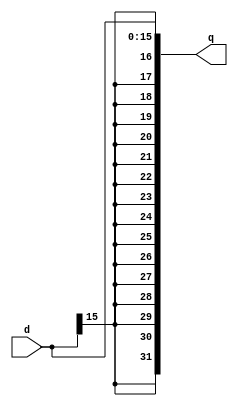
`timescale 1 ns / 100 ps

/*
	16 to 32 bit sign extender
*/

module sign_ext_16_32(d, q);
	input [15:0] d;
	output [31:0] q;

	assign q = { {16{d[15]}}, d};

endmodule